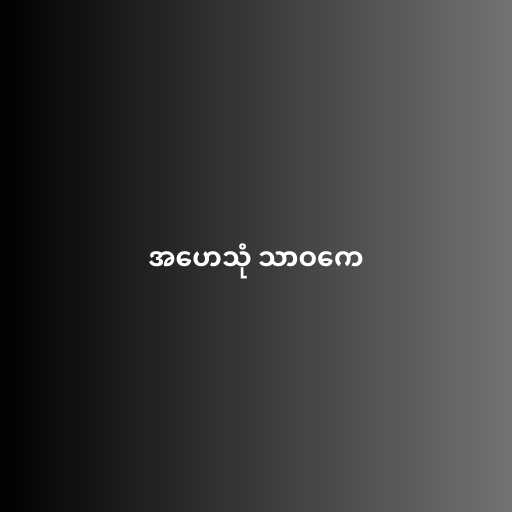
အဟေသုံ သာဝကေ